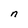
Character: n